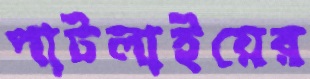
পাটলাইয়ের